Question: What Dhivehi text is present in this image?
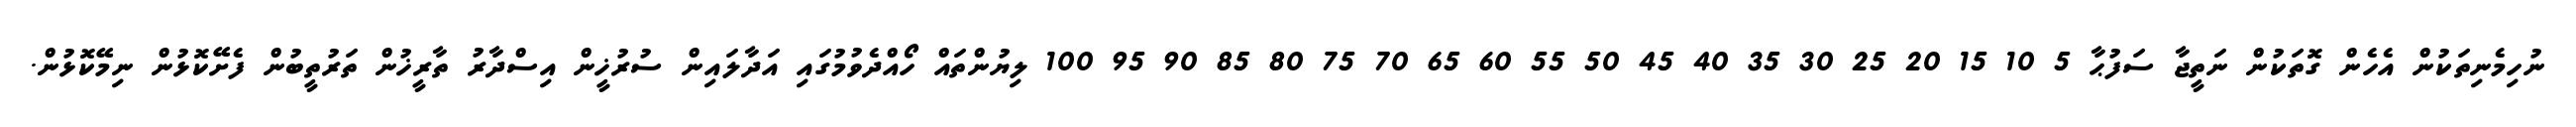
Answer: ނުހިމެނިތަކުން އެހެން ގޮތަކުން ނަތީޖާ ސަފުޙާ 5 10 15 20 25 30 35 40 45 50 55 60 65 70 75 80 85 90 95 100 ލިޔުންތައް ހޯއްދެވުމުގައި އަދާލައިން ސުރުޚީން އިސްދާރު ތާރީޚުން ތަރުތީބުން ފެށޭކޮޅުން ނިމޭކޮޅުން.